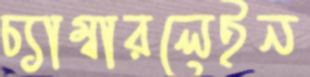
চ্যাম্বারলেইন